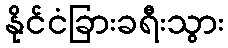
နိုင်ငံခြားခရီးသွား